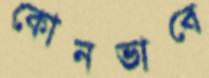
কোনভাবে